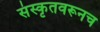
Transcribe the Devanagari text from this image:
संस्कृतवरूनच